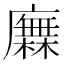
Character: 𢋰